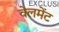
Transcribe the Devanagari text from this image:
वेलमेंट